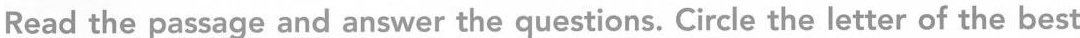
Read the passage and answer the questions. Circle the letter of the best